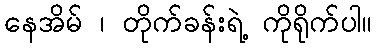
နေအိမ် ၊ တိုက်ခန်းရဲ့ ကိုရိုက်ပါ။